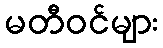
မတီဝင်များ